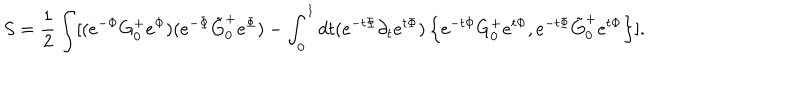
LaTeX: S = \frac { 1 } { 2 } \int [ ( e ^ { - \Phi } G _ { 0 } ^ { + } e ^ { \Phi } ) ( e ^ { - \Phi } \tilde { G } _ { 0 } ^ { + } e ^ { \Phi } ) - \int _ { 0 } ^ { 1 } d t ( e ^ { - t \Phi } \partial _ { t } e ^ { t \Phi } ) \left\{ e ^ { - t \Phi } G _ { 0 } ^ { + } e ^ { t \Phi } , e ^ { - t \Phi } \tilde { G } _ { 0 } ^ { + } e ^ { t \Phi } \right\} ] .